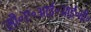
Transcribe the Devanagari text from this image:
सी॰ए॰आई॰आई॰बी॰